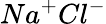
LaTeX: Na^{+}Cl^{-}